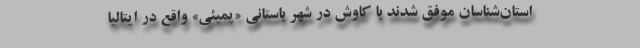
استان‌شناسان موفق شدند با کاوش در شهر باستانی «پمپئی» واقع در ایتالیا